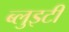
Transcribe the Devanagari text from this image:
ब्लुइटी